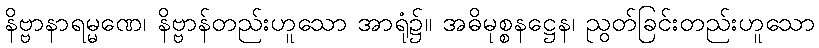
နိဗ္ဗာနာရမ္မဏေ၊ နိဗ္ဗာန်တည်းဟူသော အာရုံ၌။ အဓိမုစ္စနဋ္ဌေန၊ ညွတ်ခြင်းတည်းဟူသော